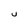
Character: U